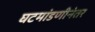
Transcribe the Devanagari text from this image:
घटमांडणीनंतर